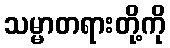
သမ္မာတရားတို့ကို